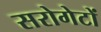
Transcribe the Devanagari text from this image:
सरोगेटों